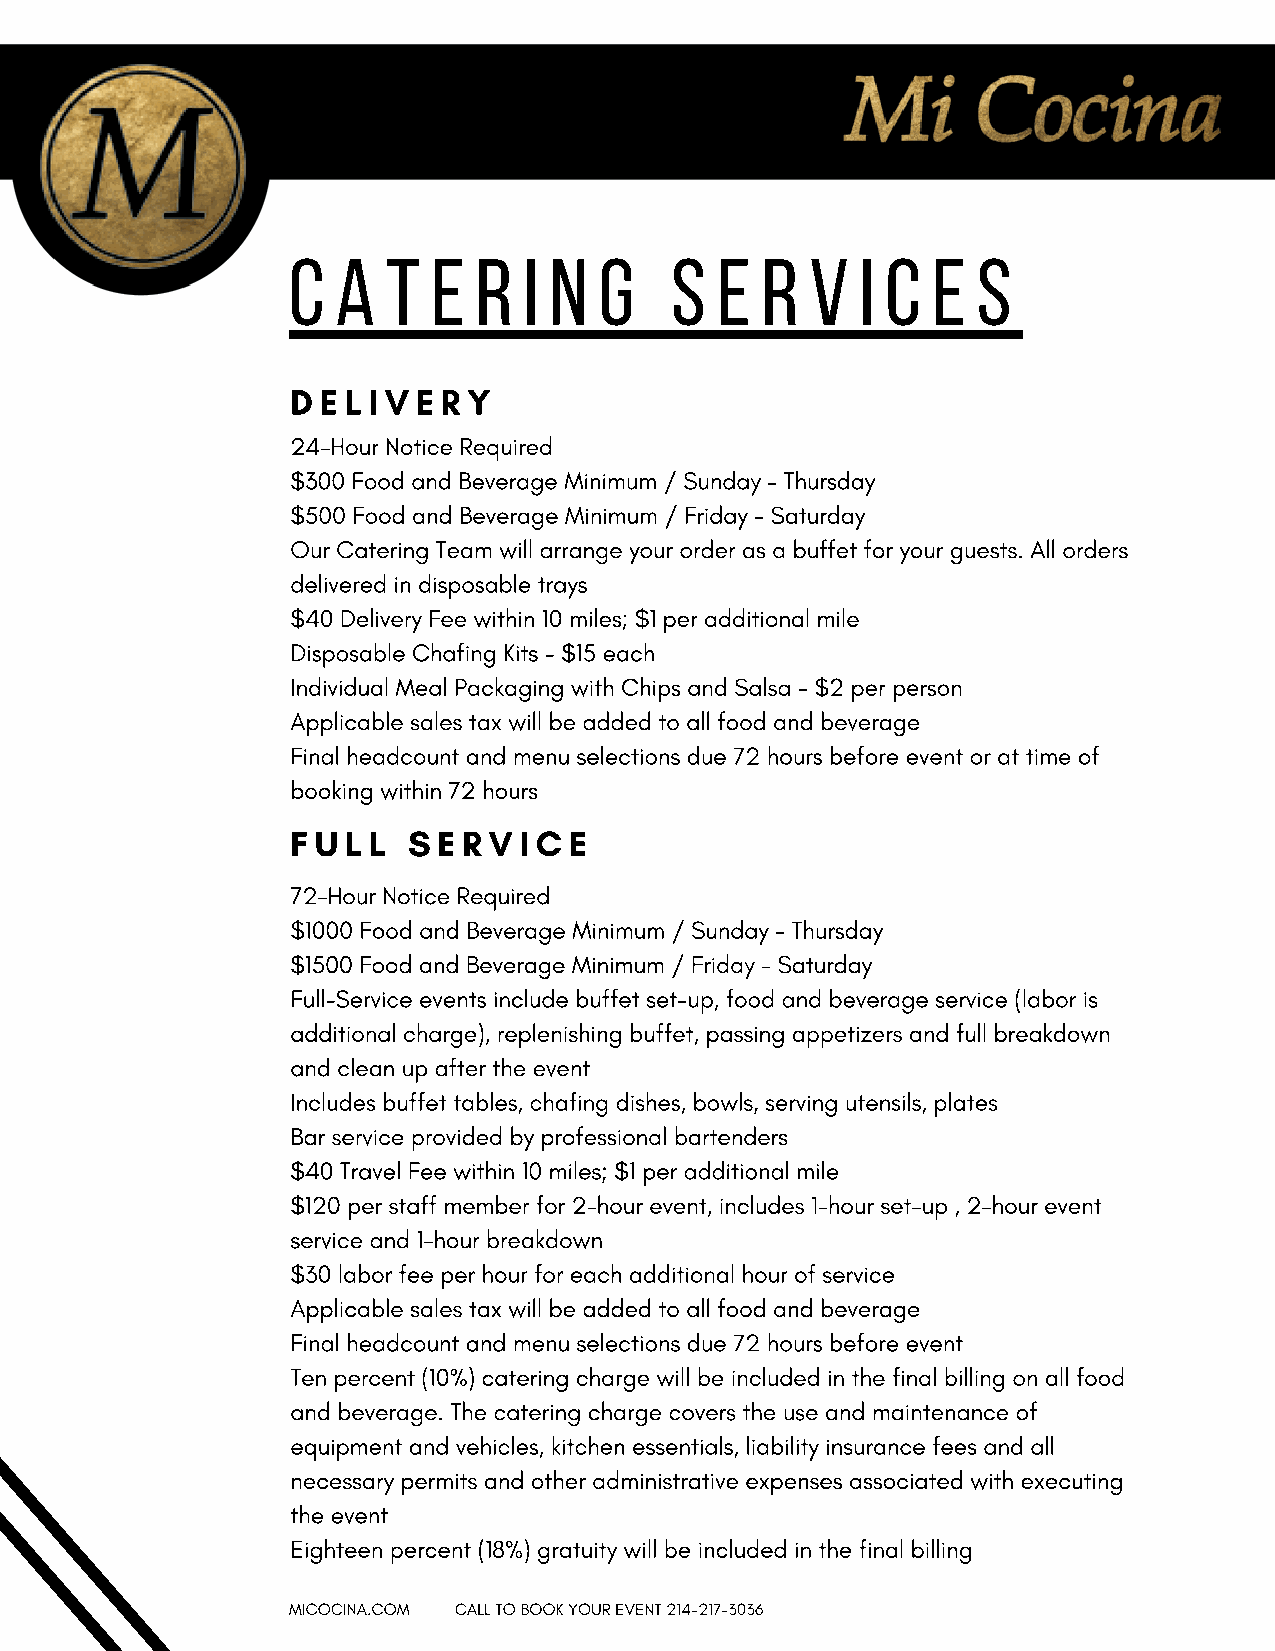
C  A   T  E R   I N  G   S  E  R   V  I C  E  S
 D E L I V E R Y
 24-Hour Notice Required
 $300 Food and Beverage Minimum / Sunday - Thursday
 $500 Food and Beverage Minimum / Friday - Saturday
 Our Catering Team will arrange your order as a buffet for your guests. All orders
 delivered in disposable trays
 $40 Delivery Fee within 10 miles; $1 per additional mile
 Disposable Chafing Kits - $15 each
 Individual Meal Packaging with Chips and Salsa - $2 per person
 Applicable sales tax will be added to all food and beverage
 Final headcount and menu selections due 72 hours before event or at time of
 booking within 72 hours
 F U L L S E R V I C E
 72-Hour Notice Required
 $1000 Food and Beverage Minimum / Sunday - Thursday
 $1500 Food and Beverage Minimum / Friday - Saturday
 Full-Service events include buffet set-up, food and beverage service (labor is
 additional charge), replenishing buffet, passing appetizers and full breakdown
 and clean up after the event
 Includes buffet tables, chafing dishes, bowls, serving utensils, plates
 Bar service provided by professional bartenders
 $40 Travel Fee within 10 miles; $1 per additional mile
 $120 per staff member for 2-hour event, includes 1-hour set-up , 2-hour event
 service and 1-hour breakdown
 $30 labor fee per hour for each additional hour of service
 Applicable sales tax will be added to all food and beverage
 Final headcount and menu selections due 72 hours before event
 Ten percent (10%) catering charge will be included in the final billing on all food
 and beverage. The catering charge covers the use and maintenance of
 equipment and vehicles, kitchen essentials, liability insurance fees and all
 necessary permits and other administrative expenses associated with executing
 the event
 Eighteen percent (18%) gratuity will be included in the final billing
 MICOCINA.COM CALL TO BOOK YOUR EVENT 214-217-3036